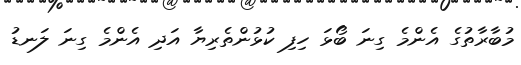
މުބާރާތުގެ އެންމެ ގިނަ ބޯޅަ ހިފި ކުޅުންތެރިޔާ އަދި އެންމެ ގިނަ ލަނޑު